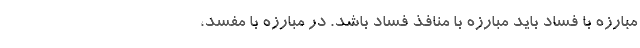
مبارزه با فساد باید مبارزه با منافذ فساد باشد. در مبارزه با مفسد،